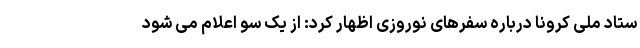
ستاد ملی کرونا درباره سفرهای نوروزی اظهار کرد: از یک سو اعلام می شود